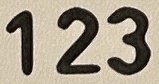
123